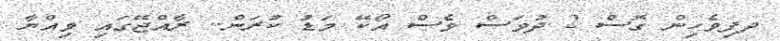
ދފިވެހިން ގޮސް 2 ދުވަސް ވެސް އޯކޭ މަޑު ކުރަން.. ރާއްޖޭގައި ވިއްޔާ